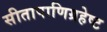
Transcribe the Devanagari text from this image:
सीतापाणिग्रहेष्ट